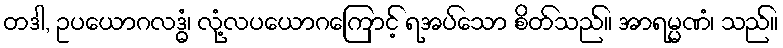
တဒါ, ဥပယောဂလဒ္ဓံ၊ လုံ့လပယောဂကြောင့် ရအပ်သော စိတ်သည်။ အာရမ္မဏံ၊ သည်။